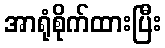
အာရုံစိုက်ထားပြီး